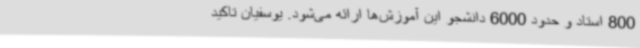
800 استاد و حدود 6000 دانشجو این آموزش‌ها ارائه می‌شود. یوسفیان تاکید